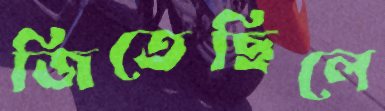
জিতেছিলে